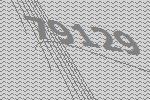
79129